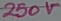
Text: 250V